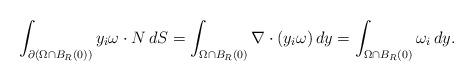
LaTeX: \begin{align*}\int_{\partial (\Omega \cap B_R(0))} y_i \omega \cdot N \, dS = \int_{\Omega \cap B_R(0)} \nabla \cdot (y_i \omega)\, dy & = \int_{\Omega \cap B_R(0)} \omega_i \, dy. \end{align*}